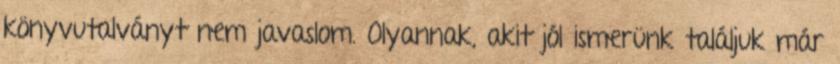
könyvutalványt nem javaslom. Olyannak, akit jól ismerünk találjuk már